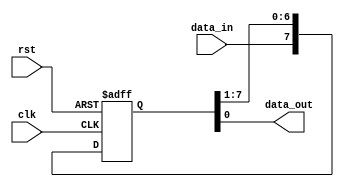
module shift_register (
    input clk,
    input rst,
    input data_in,
    output reg data_out
);

parameter WIDTH = 8;
reg [WIDTH-1:0] stages;

always @(posedge clk or posedge rst) begin
    if (rst) begin
        stages <= 8'b00000000;
    end else begin
        stages <= {data_in, stages[WIDTH-1:1]};
    end
end

assign data_out = stages[0];

endmodule